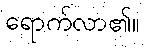
ရောက်လာ၏။